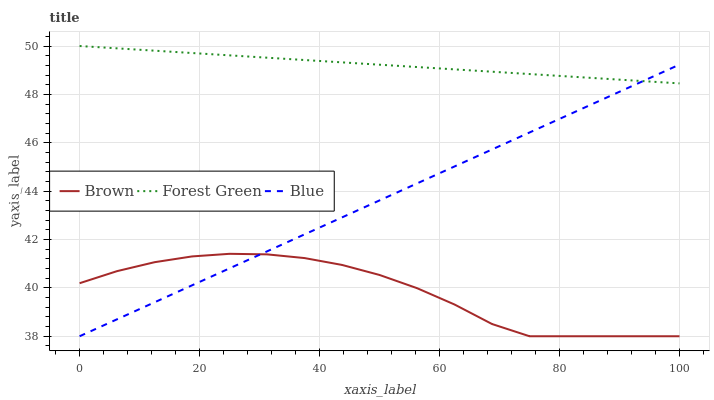
| xaxis_label | Brown | Forest Green | Blue |
 | --- | --- | --- | --- |
 | 0 | 40.2 | 50 | 38 |
 | 6.25 | 40.7 | 49.9 | 38.7 |
 | 12.5 | 41.1 | 49.8 | 39.4 |
 | 18.8 | 41.3 | 49.7 | 40.1 |
 | 25 | 41.4 | 49.6 | 40.8 |
 | 31.2 | 41.4 | 49.5 | 41.5 |
 | 37.5 | 41.2 | 49.4 | 42.2 |
 | 43.8 | 40.9 | 49.3 | 42.9 |
 | 50 | 40.5 | 49.2 | 43.6 |
 | 56.2 | 40 | 49.1 | 44.3 |
 | 62.5 | 39.3 | 49 | 45 |
 | 68.8 | 38.5 | 48.9 | 45.7 |
 | 75 | 38 | 48.8 | 46.4 |
 | 81.2 | 38 | 48.7 | 47.1 |
 | 87.5 | 38 | 48.6 | 47.8 |
 | 93.8 | 38 | 48.6 | 48.5 |
 | 100 | 38 | 48.5 | 49.2 |